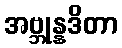
အဗ္ဘုန္နဒိတာ